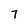
Character: 7